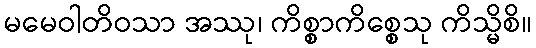
မမေဝါတိဝသာ အဿု၊ ကိစ္စာကိစ္စေသု ကိသ္မိစိ။